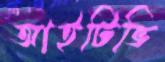
আইটিভি